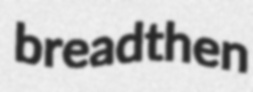
breadthen